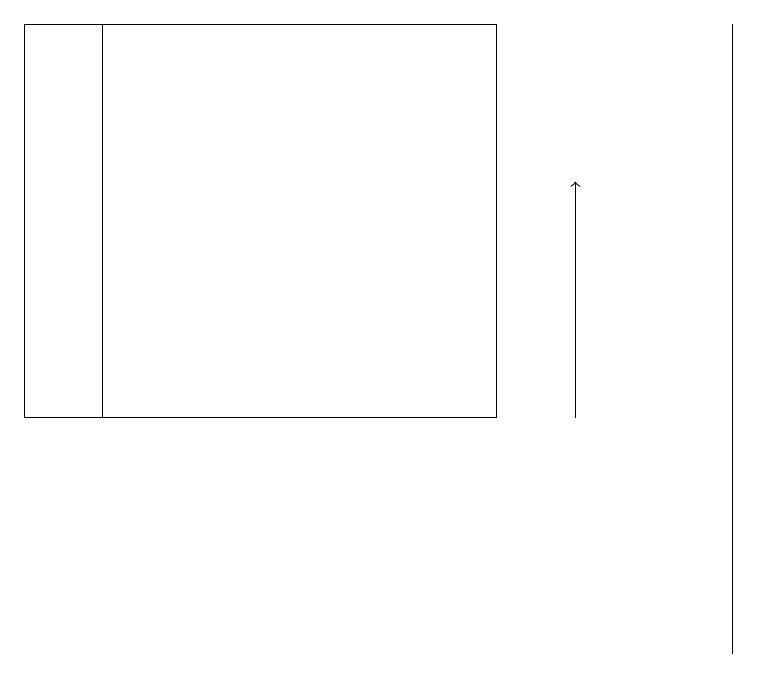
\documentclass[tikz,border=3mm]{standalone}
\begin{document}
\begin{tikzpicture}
\draw (9,10) rectangle (9,18);
\draw (6,18) rectangle (0,13);
\draw[->] (7,13) -- (7,16);
\draw (1,18) rectangle (6,13);
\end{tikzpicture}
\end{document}